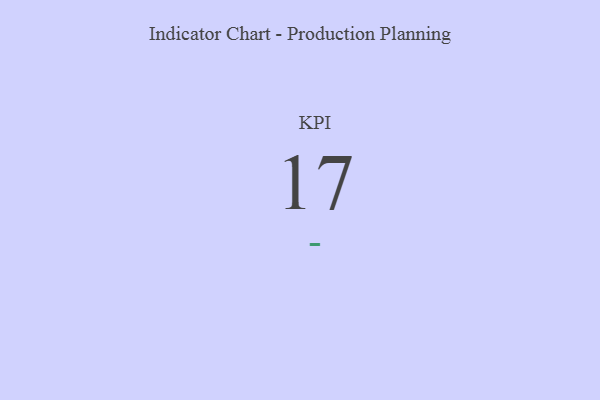
{"axis": {"x": "KPI", "y": "Value"}, "legend": [""], "data": [{"x": "KPI", "y": 17, "type": ""}]}